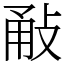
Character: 㪌